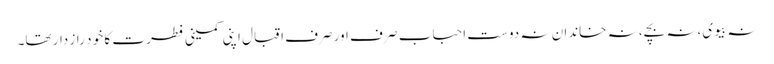
نہ بیوی،نہ بچے، نہ خاندان نہ دوست احباب صر ف اور صرف اقبال اپنی کمینی فطر ت کا خو د راز دار تھا۔